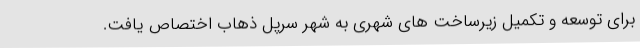
برای توسعه و تکمیل زیرساخت های شهری به شهر سرپل ذهاب اختصاص یافت.